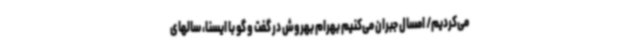
می‌کردیم/ امسال جبران می‌کنیم بهرام بهروش در گفت و گو با ایسنا، سالهای